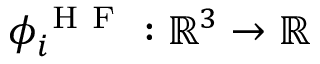
\phi _ { i } ^ { \mathrm { ~ H ~ F ~ } } : \mathbb { R } ^ { 3 } \rightarrow \mathbb { R }